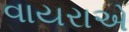
વાયરાએ